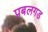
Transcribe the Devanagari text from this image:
प्रबलगड